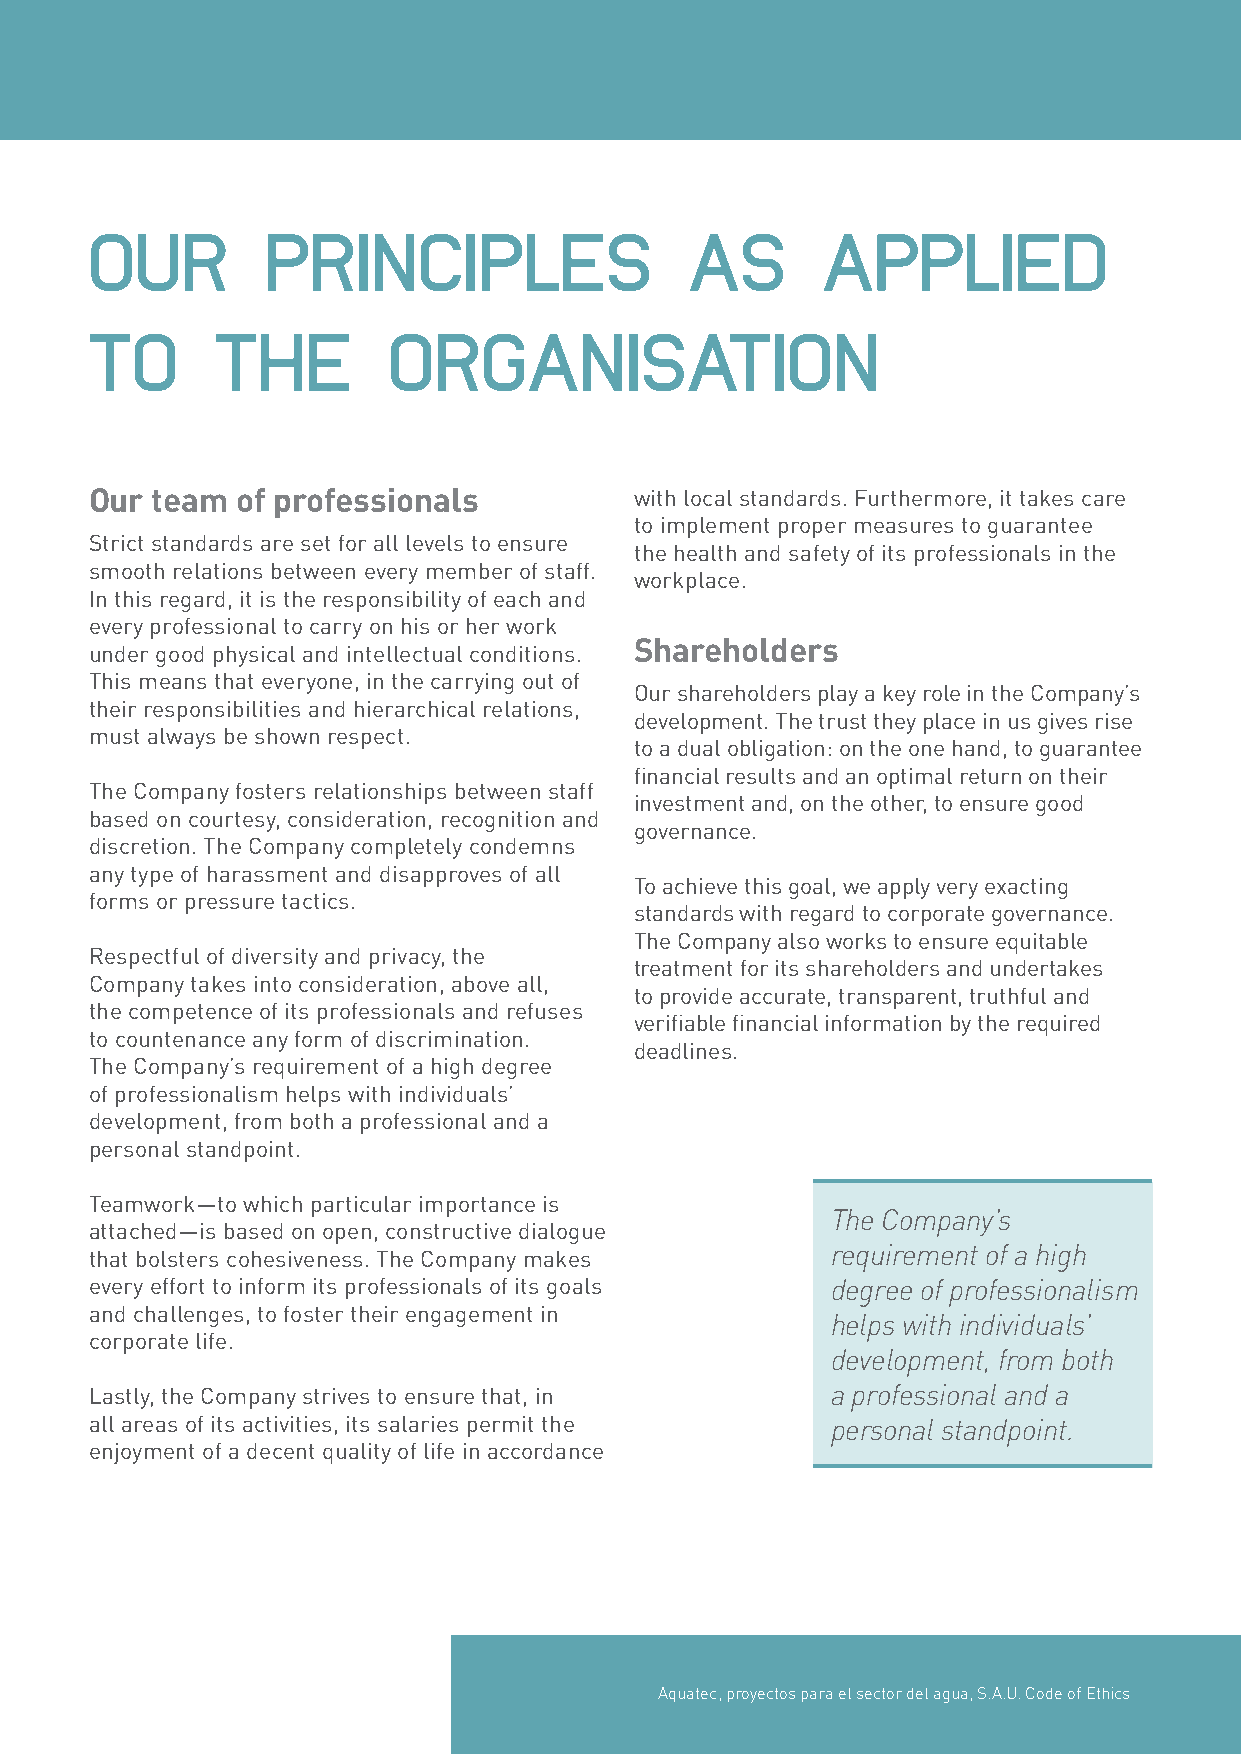
OUR         PRINCIPLES                  AS      APPLIED
 TO      THE         ORGANISATION
 Our team  of professionals          with local standards. Furthermore, it takes care
 to implement proper measures to guarantee
 Strict standards are set for all levels to ensure
 the health and safety of its professionals in the
 smooth relations between every member of staff.
 workplace.
 In this regard, it is the responsibility of each and
 every professional to carry on his or her work
 Shareholders
 under good physical and intellectual conditions.
 This means that everyone, in the carrying out of
 Our shareholders play a key role in the Company’s
 their responsibilities and hierarchical relations,
 development. The trust they place in us gives rise
 must always be shown respect.
 to a dual obligation: on the one hand, to guarantee
 financial results and an optimal return on their
 The Company fosters relationships between staff
 investment and, on the other, to ensure good
 based on courtesy, consideration, recognition and
 governance.
 discretion. The Company completely condemns
 any type of harassment and disapproves of all
 To achieve this goal, we apply very exacting
 forms or pressure tactics.
 standards with regard to corporate governance.
 The Company also works to ensure equitable
 Respectful of diversity and privacy, the
 treatment for its shareholders and undertakes
 Company takes into consideration, above all,
 to provide accurate, transparent, truthful and
 the competence of its professionals and refuses
 verifiable financial information by the required
 to countenance any form of discrimination.
 deadlines.
 The Company’s requirement of a high degree
 of professionalism helps with individuals’
 development, from both a professional and a
 personal standpoint.
 Teamwork—to which particular importance is
 The Company’s
 attached—is based on open, constructive dialogue
 that bolsters cohesiveness. The Company makes    requirement of a high
 every effort to inform its professionals of its goals degree of professionalism
 and challenges, to foster their engagement in
 helps with individuals’
 corporate life.
 development, from both
 Lastly, the Company strives to ensure that, in   a professional and a
 all areas of its activities, its salaries permit the personal standpoint.
 enjoyment of a decent quality of life in accordance
 Aquatec, proyectos para el sector del agua, S.A.U. Code of Ethics